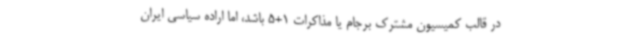
در قالب کمیسیون مشترک برجام یا مذاکرات 1+5 باشد، اما اراده سیاسی ایران